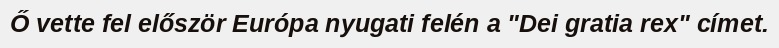
Ő vette fel először Európa nyugati felén a "Dei gratia rex" címet.